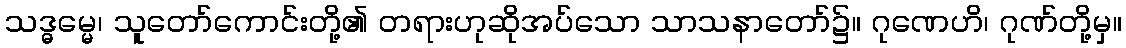
သဒ္ဓမ္မေ၊ သူတော်ကောင်းတို့၏ တရားဟုဆိုအပ်သော သာသနာတော်၌။ ဂုဏေဟိ၊ ဂုဏ်တို့မှ။